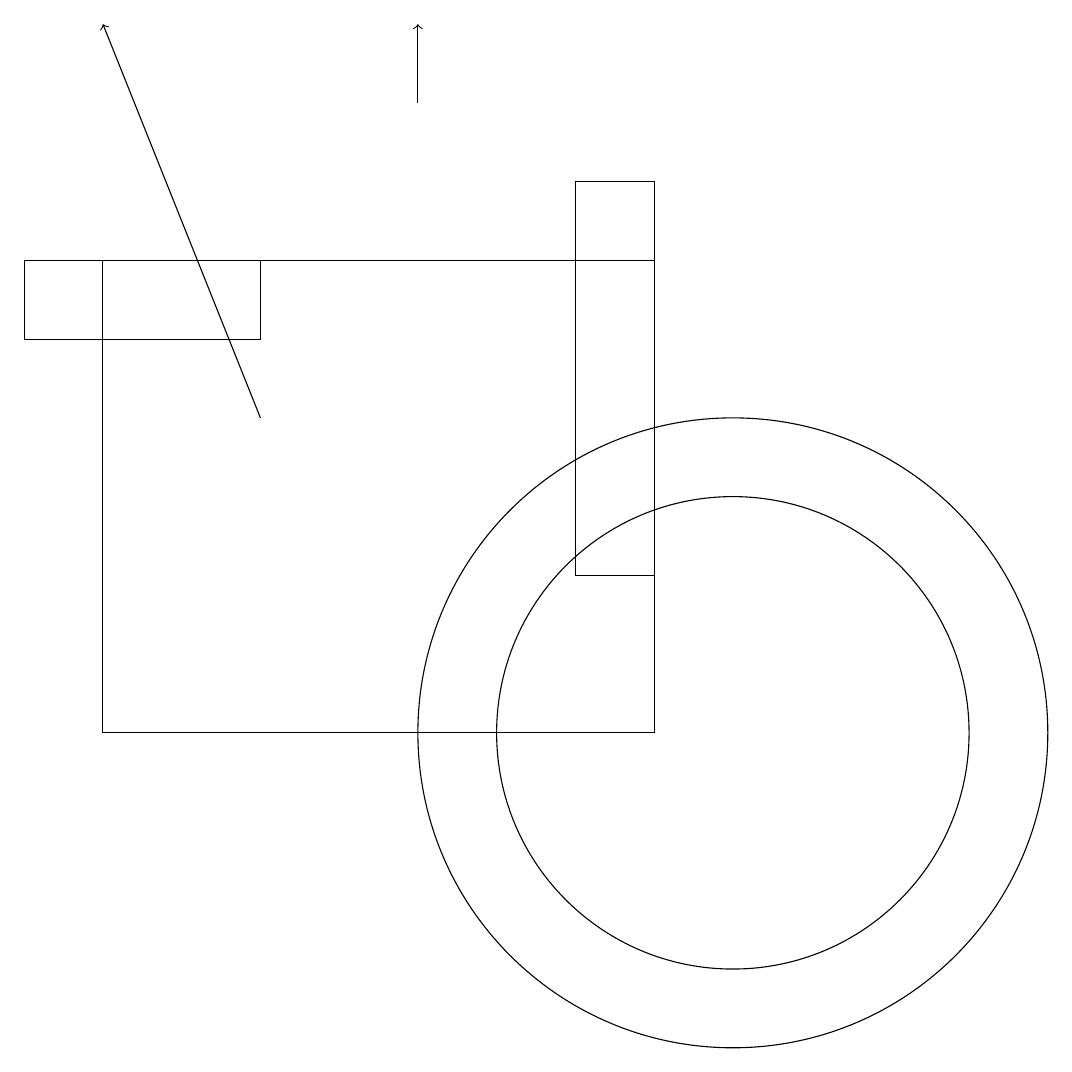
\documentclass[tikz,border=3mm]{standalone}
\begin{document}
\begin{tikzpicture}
\draw[->] (6,18) -- (6,19);
\draw (1,16) rectangle (4,15);
\draw (10,10) circle (4);
\draw (2,10) rectangle (9,16);
\draw (8,17) rectangle (9,12);
\draw[->] (4,14) -- (2,19);
\draw (10,10) circle (3);
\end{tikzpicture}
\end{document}